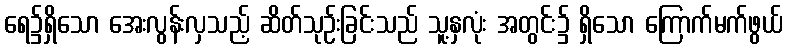
ရေ၌ရှိသော အေးလွန်းလှသည့် ဆိတ်သုဉ်းခြင်းသည် သူ့နှလုံး အတွင်း၌ ရှိသော ကြောက်မက်ဖွယ်